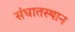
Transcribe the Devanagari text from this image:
संघातस्थान